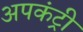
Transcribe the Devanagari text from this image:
अपकंट्री